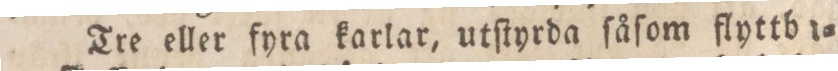
Tre eller fyra karlar, utſtyrda ſåſom flyttb i=